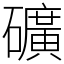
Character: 礦